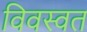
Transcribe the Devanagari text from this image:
विवस्वत